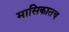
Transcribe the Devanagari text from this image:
मासिकातच